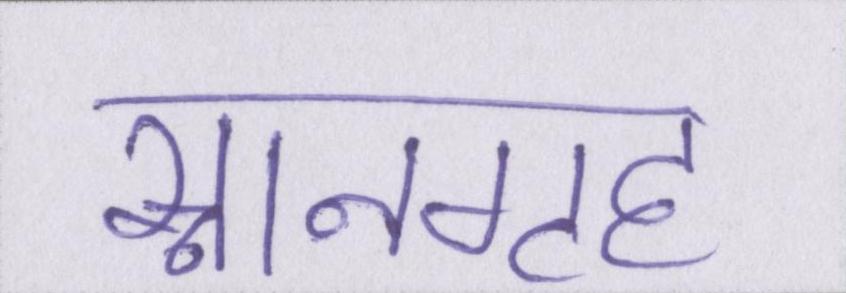
स्नानगृह